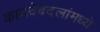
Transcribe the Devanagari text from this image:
कायदेबदलांमध्ये